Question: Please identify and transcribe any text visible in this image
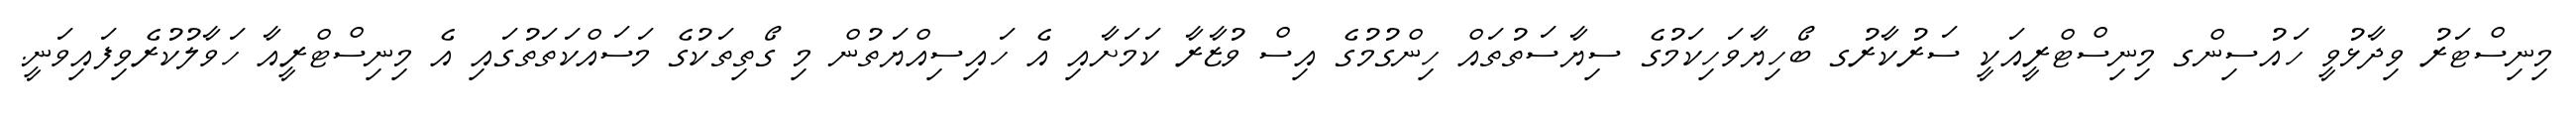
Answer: މިނިސްޓަރު ވިދާޅުވީ ހައުސިންގ މިނިސްޓްރީއަކީ ސަރުކާރުގ ބޯހިޔާވަހިކަމުގެ ސިޔާސަތުތައް ހިންގުމުގެ އިސް ވުޒާރާ ކަމަށާއި އެ ހައިސިއްޔަތުން މި ގޯތިތަކުގެ މަސައްކަތަތުގައި އެ މިނިސްޓްރީއާ ހަވާލުކުރެވިފައިވަނީ.